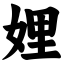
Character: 娌